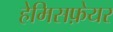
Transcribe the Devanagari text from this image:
हेमिसफ़ेयर